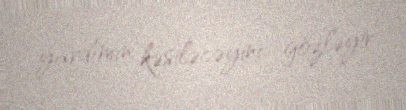
yardımın kəsiləcəyini gözləyir.